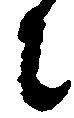
に